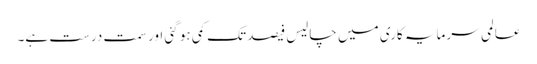
عالمی سرمایہ کاری میں چالیس فیصد تک کمی ہو گئی اور سمت درست ہے۔